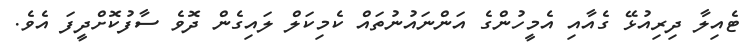
ޓެއިލާ ދިރިއުޅޭ ގެއާއި އެމީހުންގެ އަންނައުނުތައް ކެމިކަލް ލައިގެން ދޮވެ ސާފުކޮށްދީފަ އެވެ.